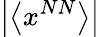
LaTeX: \left|\left<x^{NN}\right>\right|